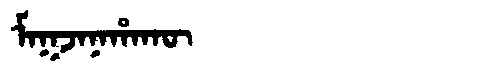
Manchu: ᠮᠠᡴᠵᠠᠨᠠᡥᠠᡴᡡ
Romanization: MAKJANAHAKŪ